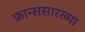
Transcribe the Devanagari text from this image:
फ्रान्ससारख्या